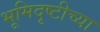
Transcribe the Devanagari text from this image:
भूमिदृष्टीच्या